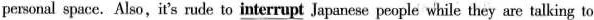
personal space. Also,it's mde to interrupt Japanese people while they are talking to